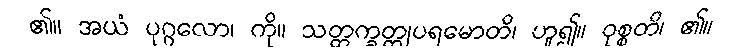
၏။ အယံ ပုဂ္ဂလော၊ ကို။ သတ္တက္ခတ္တုပရမောတိ၊ ဟူ၍။ ဝုစ္စတိ၊ ၏။